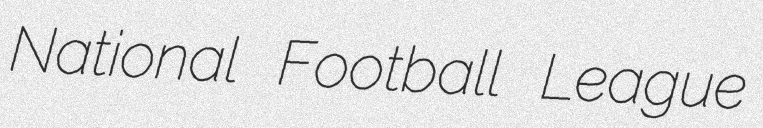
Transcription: National Football League